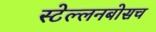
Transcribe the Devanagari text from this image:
स्‍टेल्‍लनबोसच